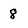
Character: 8